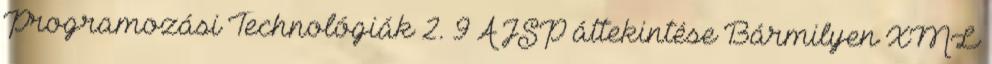
Programozási Technológiák 2. 9 A JSP áttekintése Bármilyen XML